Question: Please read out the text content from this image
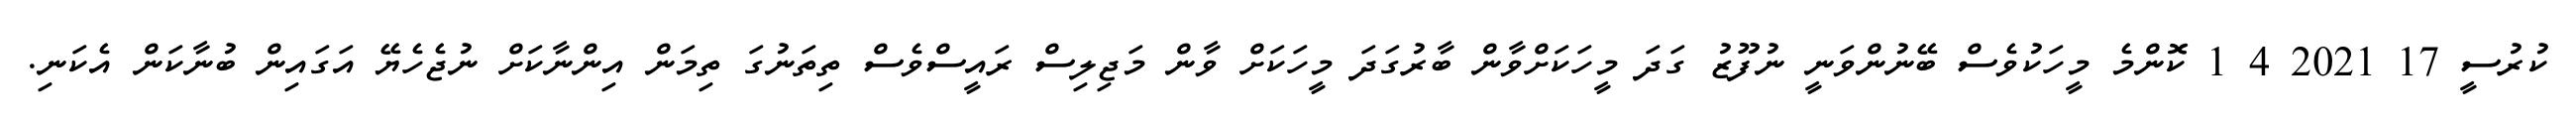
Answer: ކުރުސީ 17 2021 4 1 ކޮންމެ މީހަކުވެސް ބޭނުންވަނީ ނުފޫޒު ގަދަ މީހަކަށްވާން ބާރުގަދަ މީހަކަށް ވާން މަޖިލިސް ރައީސްވެސް ތިތަނުގަ ތިމަން އިންނާކަށް ނުޖެހެޔޭ އަގައިން ބުނާކަން އެކަނި.